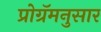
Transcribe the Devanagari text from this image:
प्रोग्रॅमनुसार